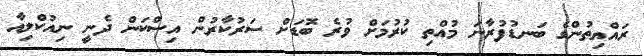
ރައްޔިތުންގެ ބަނޑުފުރާނަ މުއްތި ކުރުމަށް ވުރެ ބޮޑަށް ސަރުކާރުން އިސްކަން ދެނީ ނިއުކްލިއާ